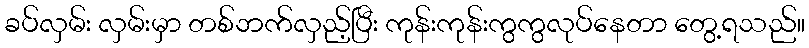
ခပ်လှမ်း လှမ်းမှာ တစ်ဘက်လှည့်ပြီး ကုန်းကုန်းကွကွလုပ်နေတာ တွေ့ရသည်။